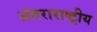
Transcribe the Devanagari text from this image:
अंतराराष्ट्रीय